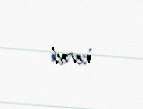
verib.